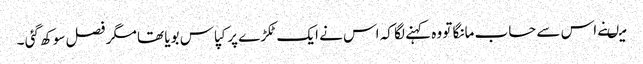
میںنے اس سے حساب مانگا تو وہ کہنے لگا کہ اس نے ایک ٹکڑے پر کپاس بویا تھا مگر فصل سوکھ گئی ۔